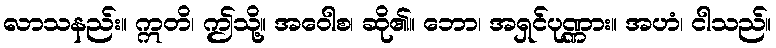
လာသနည်း။ ဣတိ၊ ဤသို့။ အဝေါစ၊ ဆို၏။ ဘော၊ အရှင်ပုဏ္ဏား။ အဟံ၊ ငါသည်။